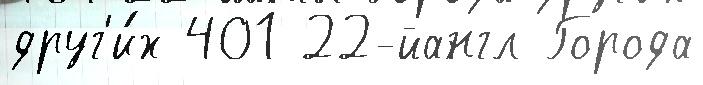
друг'и́х 401 22-йангл Города